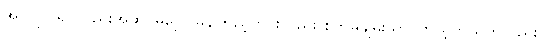
အလှပြင်ရင်လည်းအဆင်မပြေ၊ မှန်ကြည့်တိုင်းလည်း စိတ်မချမ်းသာ၊ ကိုယ့်ကိုယ်ကိုလည်း